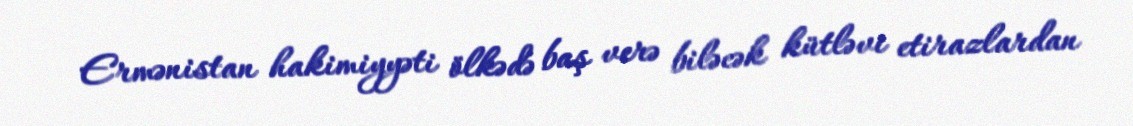
Ermənistan hakimiyyəti ölkədə baş verə biləcək kütləvi etirazlardan